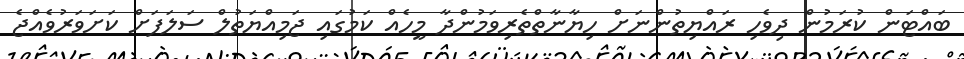
ބައްޓަން ކުރަމުން ދިވެހި ރައްޔިތުންނަށް ހިޔާނާތްތެރިވަމުންދާ މީހެއް ކަމުގައި ޖަމިއްޔަތުލް ސަލަފަށް ކަށަވަރުވެއްޖެ